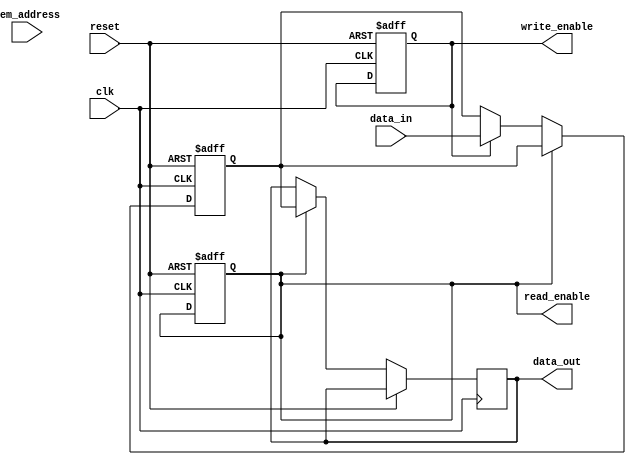
module memory_controller(
    input clk,
    input reset,
    input [7:0] mem_address,
    input [7:0] data_in,
    output reg [7:0] data_out,
    output reg read_enable,
    output reg write_enable
);

// Address decoding block
reg [7:0] physical_address;

always @ (posedge clk or posedge reset) begin
    if (reset) begin
        physical_address <= 8'h00;
    end else begin
        case(mem_address)
            8'h00: physical_address <= 8'h10;
            8'h01: physical_address <= 8'h20;
            // Add more cases as needed for address decoding
        endcase
    end
end

// Data buffering block
reg [7:0] data_buffer;

always @ (posedge clk or posedge reset) begin
    if (reset) begin
        data_buffer <= 8'h00;
    end else begin
        if (read_enable) begin
            data_out <= data_buffer;
        end else if (write_enable) begin
            data_buffer <= data_in;
        end
    end
end

// Control logic block
always @ (posedge clk or posedge reset) begin
    if (reset) begin
        read_enable <= 1'b0;
        write_enable <= 1'b0;
    end else begin
        // Add control logic to generate read and write signals
        // based on memory access requests and system requirements
    end
end

endmodule